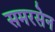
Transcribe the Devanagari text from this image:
समरसेन